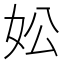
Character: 妐